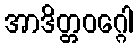
အာဒိတ္တဝဂ္ဂေါ